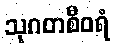
သုဂတစီဝရံ